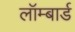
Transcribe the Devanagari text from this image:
लॉम्बार्ड